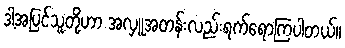
ဒါ့အပြင်သူတို့ဟာ အလှူအတန်းလည်းရက်ရောကြပါတယ်။